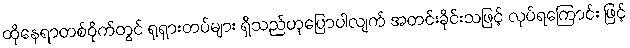
ထိုနေရာတစ်ဝိုက်တွင် ရုရှားတပ်များ ရှိသည်ဟုပြောပါလျက် အတင်းခိုင်းသဖြင့် လုပ်ရကြောင်း ဖြင့်